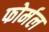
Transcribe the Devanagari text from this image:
फोर्मल